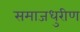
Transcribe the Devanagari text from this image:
समाजधुरीण